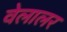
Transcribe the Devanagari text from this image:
वेलालर